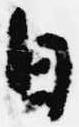
日